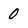
Character: 0